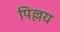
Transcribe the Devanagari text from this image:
पिल्लय